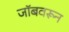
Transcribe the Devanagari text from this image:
जॉबवरून